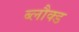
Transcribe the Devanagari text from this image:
ब्लौक्ड